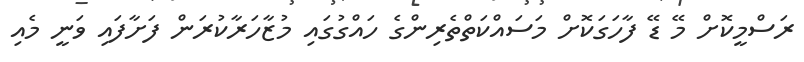
ރަސްމީކޮށް މޭ ޑޭ ފާހަގަކޮށް މަސައްކަތްތެރިންގެ ހައްގުގައި މުޒާހަރާކުރަން ފަށާފައި ވަނީ މެއި